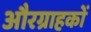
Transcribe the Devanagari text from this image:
औरग्राहकों